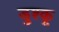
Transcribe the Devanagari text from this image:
डुश्कू